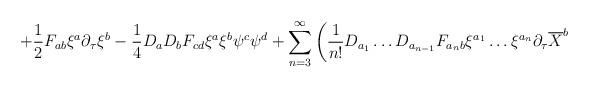
LaTeX: \begin{align*}+ \frac{1}{2}F_{ab} \xi^a \partial_{\tau} \xi^b-\frac{1}{4} D_a D_b F_{cd} \xi^a\xi^b \psi^c \psi^d + \sum_{n=3}^{\infty} \left( \frac{1}{n!} D_{a_1} \ldots D_{a_{n-1}}F_{{a_n}b} \xi^{a_1} \ldots \xi^{a_n} \partial_{\tau} \overline{X}^b\right.\end{align*}